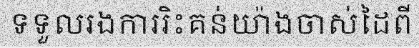
ទទួលរងការរិះគន់យ៉ាងចាស់ដៃពី